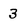
Character: 3